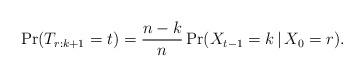
LaTeX: \begin{align*}\Pr(T_{r:k{+}1} = t) = \frac{n-k}{n} \Pr(X_{t-1} = k \,\vert\, X_0 = r).\end{align*}